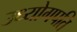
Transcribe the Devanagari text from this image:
उध्योगपति